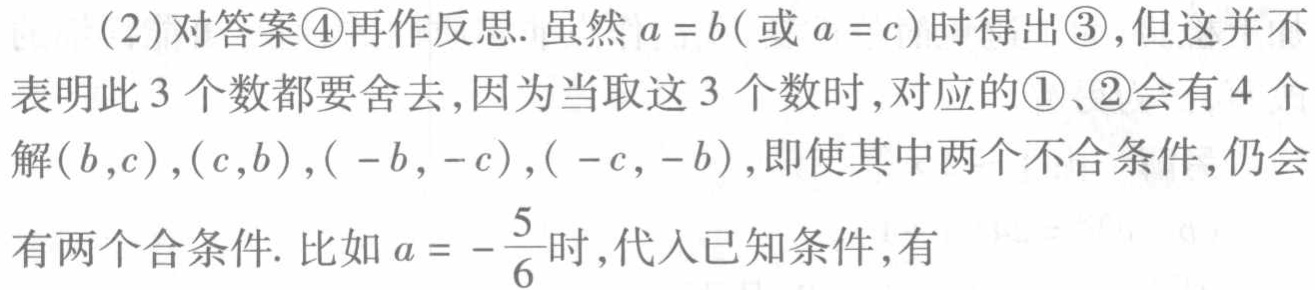
(2)对答案\textcircled{4}再作反思. 虽然\(a = b\)(或\(a = c\))时得出\textcircled{3},但这并不表明此\(3\)个数都要舍去,因为当取这\(3\)个数时,对应的\textcircled{1}、\textcircled{2}会有\(4\)个解\((b,c),(c,b),(-b,-c),(-c,-b)\),即使其中两个不合条件,仍会有两个合条件. 比如\(a = -\frac{5}{6}\)时,代入已知条件,有